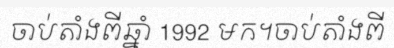
ចាប់តាំងពីឆ្នាំ 1992 មក។ចាប់តាំងពី